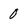
Character: 0